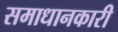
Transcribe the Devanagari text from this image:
समाधानकारी